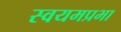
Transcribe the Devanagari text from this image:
स्वयमप्रभा